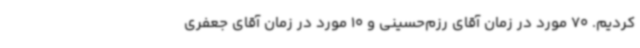
کردیم. 70 مورد در زمان آقای رزم‌حسینی و 10 مورد در زمان آقای جعفری